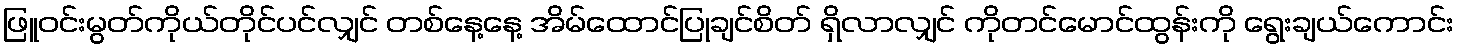
ဖြူဝင်းမွတ်ကိုယ်တိုင်ပင်လျှင် တစ်နေ့နေ့ အိမ်ထောင်ပြုချင်စိတ် ရှိလာလျှင် ကိုတင်မောင်ထွန်းကို ရွေးချယ်ကောင်း